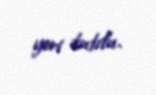
yeri tutdu.